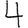
Digit: 4